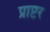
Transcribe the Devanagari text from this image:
प्राप्टर